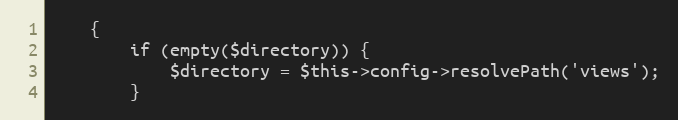
Language: PHP
	{
		if (empty($directory)) {
			$directory = $this->config->resolvePath('views');
		}